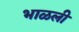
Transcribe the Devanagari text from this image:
भाळली